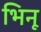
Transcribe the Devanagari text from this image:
भिनू